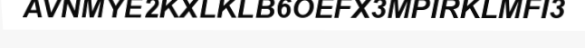
AVNMYE2KXLKLB6OEFX3MPIRKLMFI3